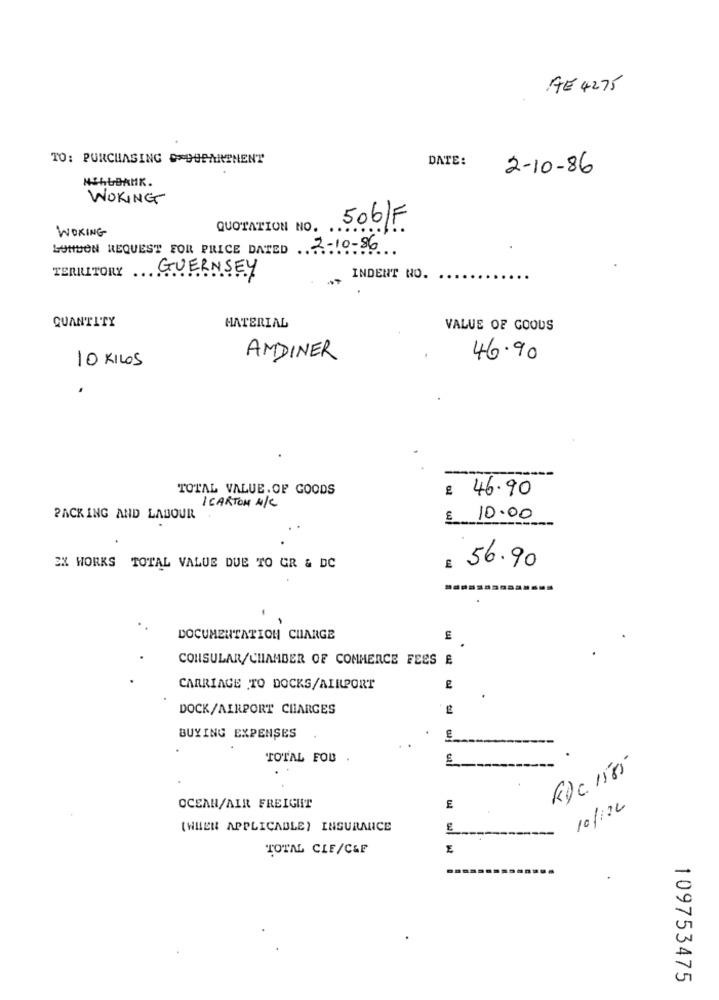
AE 4275
TO: PURCHASING =9UPARTMENT
DATE:
2-10-86
NIhbBANK.
WOKING
WOKING
QUOTATION NO.
506/F
LONDEN REQUEST FOR PRICE DATED 2-10-86
TERRITORY GUERNSEY
INDENT NO.
QUANTITY
MATERIAL
VALUE OF GOOUS
AMDINER
46.90
10 KILOS
.
TOTAL VALUE. OF GOODS
£ 46.90
1 CARTON N/C
PACKING AND LABOUR
€ 10.00
EX WORKS TOTAL VALUE DUE TO GR & DC
56.90
DOCUMENTATION CHARGE
CONSULAR/CHAMBER OF COMMERCE FEES E
CARRIAGE TO DOCKS/AIRPORT
DOCK/AIRPORT CHARGES
BUYING EXPENSES
TOTAL FOB
RDC. 1585
10/122
OCEAN/AIR FREIGHT
E
(WHEN APPLICABLE) INSURANCE
TOTAL CLF/C&F
109753475